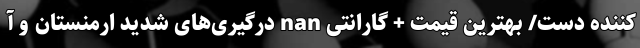
کننده دست/ بهترین قیمت + گارانتی nan درگیری‌های شدید ارمنستان و آ